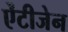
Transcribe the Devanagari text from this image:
ऐंटीजेन